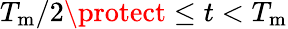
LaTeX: T_{\mathrm{m}}/2\protect\leq t<T_{\mathrm{m}}